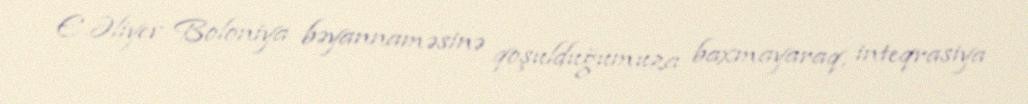
E.Əliyev Boloniya bəyannaməsinə qoşulduğumuza baxmayaraq, inteqrasiya